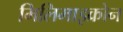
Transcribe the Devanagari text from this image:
मिलिमाइक्रोन